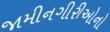
જામીનગીરીઓનો